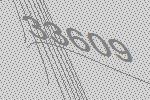
33609